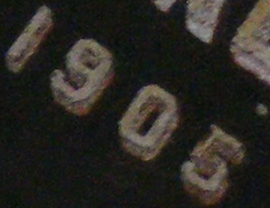
1905